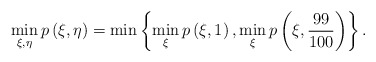
\begin{align*}\min_{\xi, \eta} p\left(\xi, \eta\right) = \min\left\{\min_{\xi}p\left(\xi, 1\right), \min_{\xi}p\left(\xi, \frac{99}{100}\right)\right\}. \end{align*}